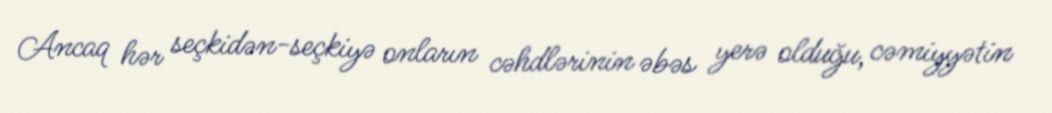
Ancaq hər seçkidən-seçkiyə onların cəhdlərinin əbəs yerə olduğu, cəmiyyətin